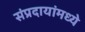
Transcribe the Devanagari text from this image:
संप्रदायांमध्ये